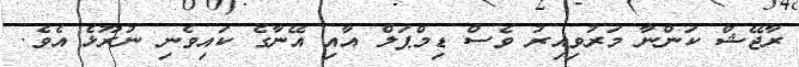
ރާޖޭޝް ކަންނާ މަރުވިއިރު ވެސް ޑިމްޕަލް އާއި އޭނާގެ ކައިވެނި ނުރޫޅެ އެވެ.